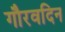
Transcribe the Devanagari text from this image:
गौरवदिन